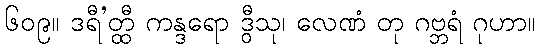
၆၀၉။ ဒရီ’တ္ထီ ကန္ဒရော ဒွီသု၊ လေဏံ တု ဂဗ္ဘရံ ဂုဟာ။